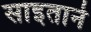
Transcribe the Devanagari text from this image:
साइताने